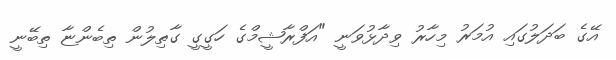
އޭގެ ބަދަލުގައި އުމަރު މިހާރު ވިދާޅުވަނީ "އަފްރާޝީމްގެ ހަގީގީ ގާތިލުން ތިބެންޏާ ތިބޭނީ